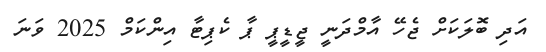
އަދި ބޮލަކަށް ޖެހޭ އާމްދަނީ ޖީޑީޕީ ޕާ ކެޕިޓާ އިންކަމް 2025 ވަނަ